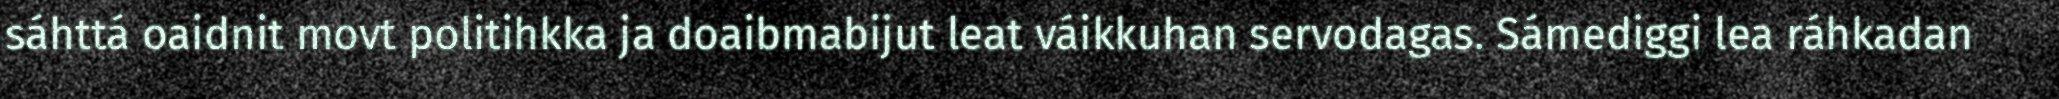
sáhttá oaidnit movt politihkka ja doaibmabijut leat váikkuhan servodagas. Sámediggi lea ráhkadan